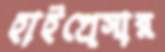
হাইপ্রেসার